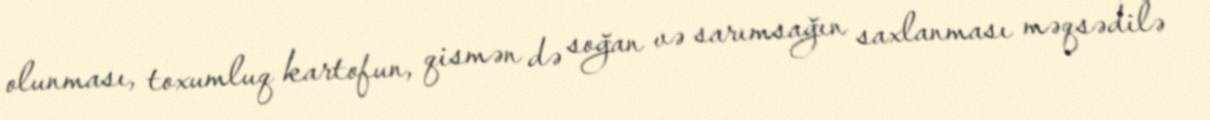
olunması, toxumluq kartofun, qismən də soğan və sarımsağın saxlanması məqsədilə